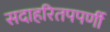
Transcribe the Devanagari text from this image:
सदाहरितपपर्णी